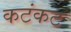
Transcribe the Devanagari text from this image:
कटंकट